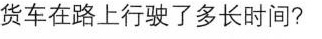
货车在路上行驶了多长时间?